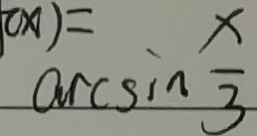
\arcsin \frac { x } { 3 }